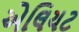
એલિયટ